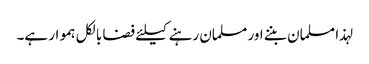
لہذا مسلمان بننے اور مسلمان رہنے کیلئے فضا بالکل ہموار ہے۔